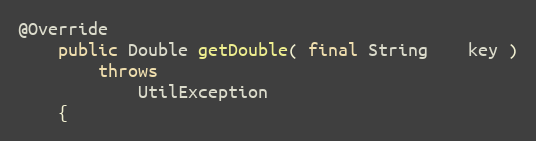
Language: Java
@Override
    public Double getDouble( final String    key )
        throws
            UtilException
    {